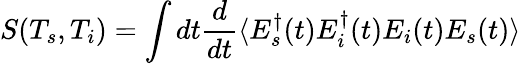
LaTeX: S(T_{s},T_{i})=\int dt\frac{d}{dt}\langle E_{s}^{\dagger}(t)E_{i}^{\dagger}(t)E_{i}(t)E_{s}(t)\rangle